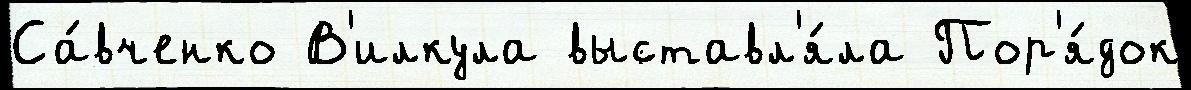
Са́вченко В'илкула выставл'я́ла Пор'я́док